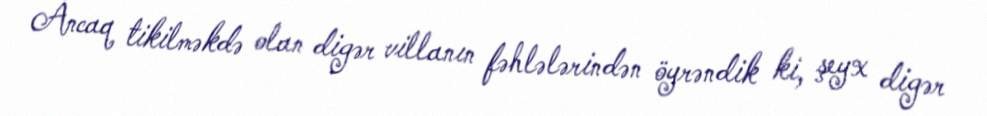
Ancaq tikilməkdə olan digər villanın fəhlələrindən öyrəndik ki, şeyx digər